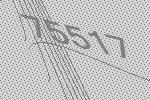
75517